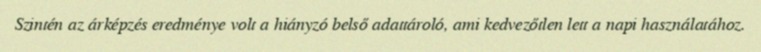
Szintén az árképzés eredménye volt a hiányzó belső adattároló, ami kedvezőtlen lett a napi használatához.